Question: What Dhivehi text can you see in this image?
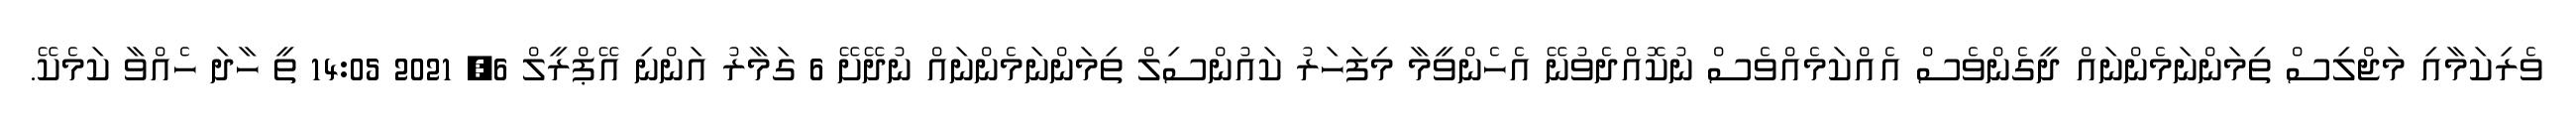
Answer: ވެރިކަމާއި މަޖްލިސް ތިމަންނަމެންނައް ދީގެންވެސް އެއްކަމެއްވެސް ނުކޮއްދެވުނޭ އެހެންވީމާ މިފަހަރު ކައުންސިލް ތިމަންނަމެންނައް ނުދޭށޭ 6 ގަމާރު އަންނި އޭޕްރީލް 6, 2021 14:05 ތީ ހާދަ ހެއްވާ ކަމެކޭ.